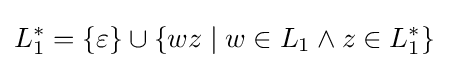
L_{1}^{*}=\{\varepsilon \}\cup \{wz\mid w\in L_{1}\land z\in L_{1}^{*}\}